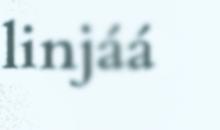
linjáá